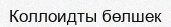
Коллоидты бөлшек